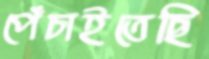
পেঁচাইতেছি